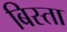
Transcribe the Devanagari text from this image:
बिस्ता